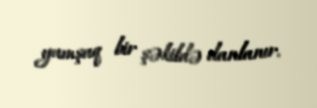
yumşaq bir şəkildə danlanır.